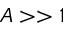
A > > 1